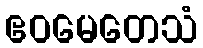
ဧဝမေတေသံ